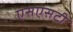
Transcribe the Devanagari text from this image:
एसएसटी